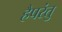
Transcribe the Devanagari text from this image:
हैपरंतु